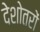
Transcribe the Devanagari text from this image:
देशोतरों